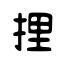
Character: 捚